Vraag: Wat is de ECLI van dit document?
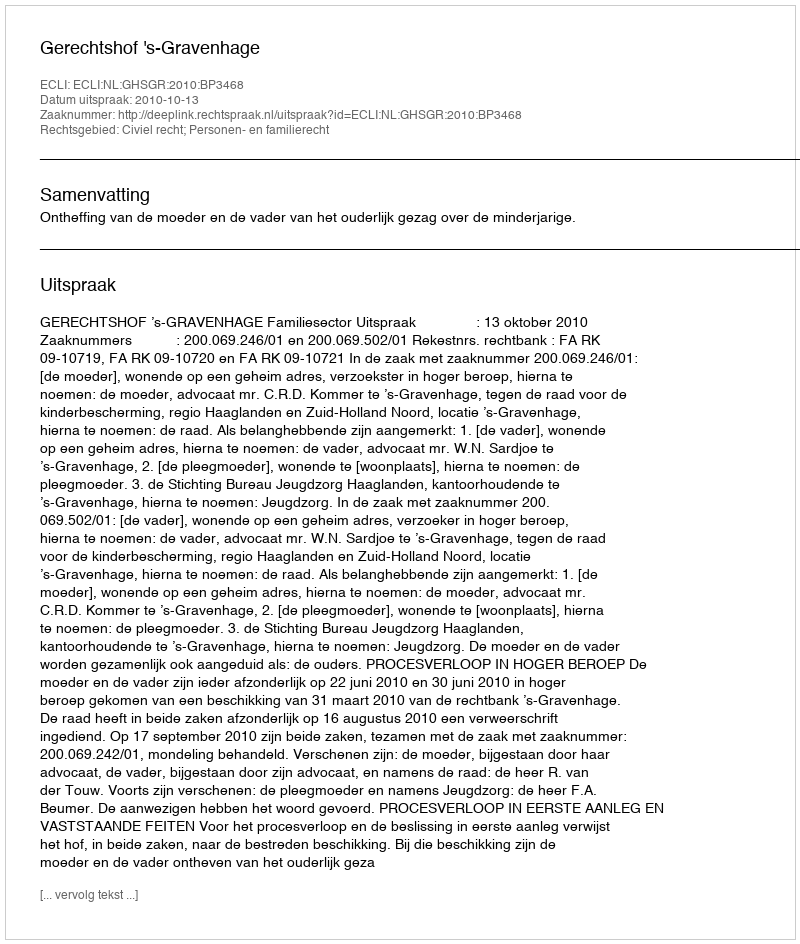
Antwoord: ECLI:NL:GHSGR:2010:BP3468